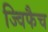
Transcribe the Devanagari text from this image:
ज्विफैच